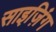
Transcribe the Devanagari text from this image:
साइज़िंग